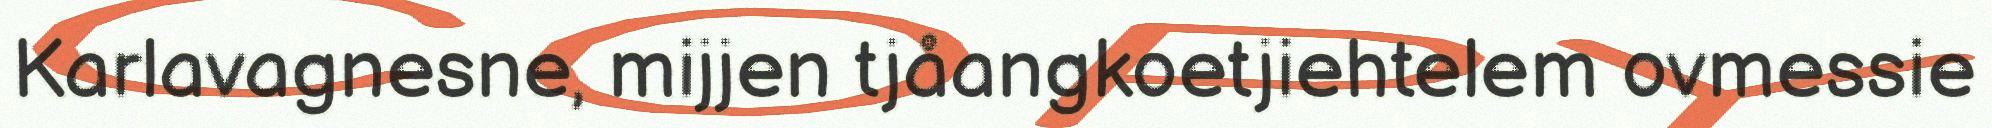
Karlavagnesne, mijjen tjåangkoetjiehtelem ovmessie